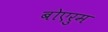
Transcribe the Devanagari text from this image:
बोएरुम